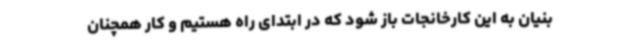
بنیان به این کارخانجات باز شود که در ابتدای راه هستیم و کار همچنان